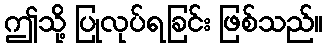
ဤသို့ ပြုလုပ်ရခြင်း ဖြစ်သည်။